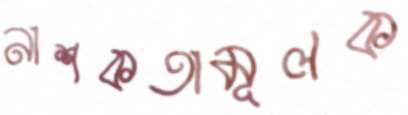
নাশকতামূলক